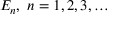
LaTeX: E _ { n } , \, \, n = 1 , 2 , 3 , \ldots